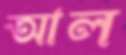
আল